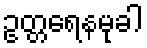
ဥတ္တရေနမုခါ